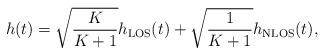
LaTeX: \begin{align*}h(t) = \sqrt{\frac{K}{K+1}} h_{\mathrm{LOS}}(t) + \sqrt{\frac{1}{K+1}} h_{\mathrm{NLOS}}(t),\end{align*}